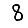
Digit: 8